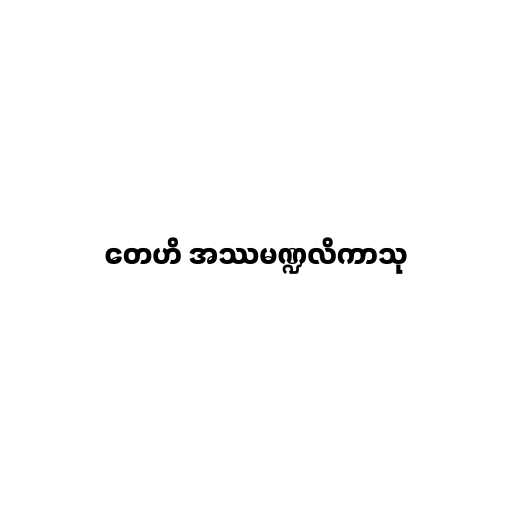
တေဟိ အဿမဏ္ဍလိကာသု